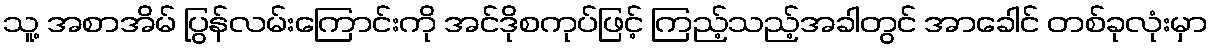
သူ့ အစာအိမ် ပြွန်လမ်းကြောင်းကို အင်ဒိုစကုပ်ဖြင့် ကြည့်သည့်အခါတွင် အာခေါင် တစ်ခုလုံးမှာ